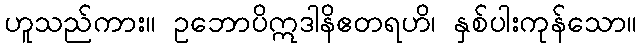
ဟူသည်ကား။ ဥဘောပိဣဒါနိဧတရဟိ၊ နှစ်ပါးကုန်သော။